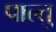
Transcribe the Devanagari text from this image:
पाल्तु